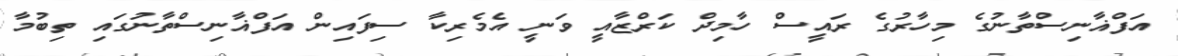
އަފްޣާނިސްތާނުގެ މިހާރުގެ ރައީސް ހާމިދް ކަރްޒާއީ ވަނީ އެމެރިކާ ސިފައިން އަފްޣާނިސްތާނުގައި ތިބުމާ